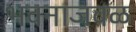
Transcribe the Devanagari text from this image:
भवनाजवळ